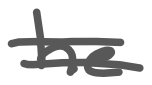
Text: he
Cross-out: double-line
Writing tool: digital_gray